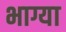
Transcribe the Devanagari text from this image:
भाग्या